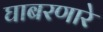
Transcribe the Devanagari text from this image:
घाबरणारे